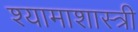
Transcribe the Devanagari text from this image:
श्यामाशास्त्री